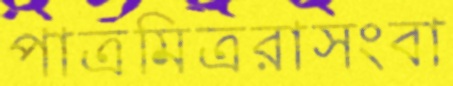
পাত্রমিত্ররাসংবা